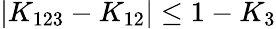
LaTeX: |K_{123}-K_{12}|\le 1-K_{3}